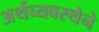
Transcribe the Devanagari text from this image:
अर्थव्यवस्थेने